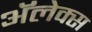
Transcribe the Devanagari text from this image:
अॅलेक्स